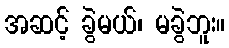
အဆင့် ခွဲမယ်၊ မခွဲဘူး။